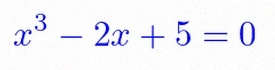
x^3-2x+5=0